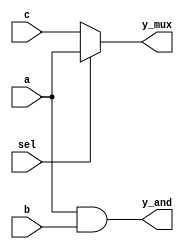
module simple_continuous_assignment (
    input wire a,       // Input wire a
    input wire b,       // Input wire b
    input wire sel,     // Select signal for multiplexer
    input wire c,       // Input wire c for multiplexer
    output wire y_and,  // Output for AND gate
    output wire y_mux    // Output for multiplexer
);

// Continuous assignment for AND gate
assign y_and = a & b; // y_and is continuously assigned the result of a AND b

// Continuous assignment for multiplexer
assign y_mux = sel ? a : c; // y_mux is assigned a if sel is 1, else c

endmodule